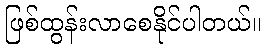
ဖြစ်ထွန်းလာစေနိုင်ပါတယ်။